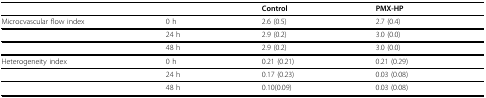
|  |  | Control | PMX-HP |
 | --- | --- | --- | --- |
 | Microcvascular flow index | 0 h | 2.6 (0.5) | 2.7 (0.4) |
 |  | 24 h | 2.9 (0.2) | 3.0 (0.0) |
 |  | 48 h | 2.9 (0.2) | 3.0 (0.0) |
 | Heterogeneity index | 0 h | 0.21 (0.21) | 0.21 (0.29) |
 |  | 24 h | 0.17 (0.23) | 0.03 (0.08) |
 |  | 48 h | 0.10(0.09) | 0.03 (0.08) |